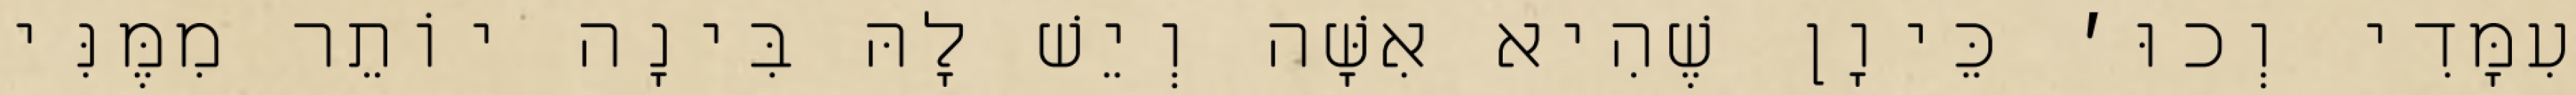
עִמָּדִי וְכוּ׳ כֵּיוָן שֶׁהִיא אִשָּׁה וְיֵשׁ לָהּ בִּינָה יוֹתֵר מִמֶּנִּי